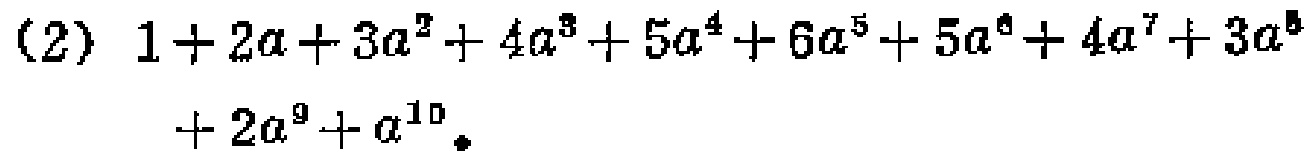
(2) \(1 + 2a+3a^{2}+4a^{3}+5a^{4}+6a^{5}+5a^{6}+4a^{7}+3a^{8}+2a^{9}+a^{10}\)